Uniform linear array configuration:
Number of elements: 24
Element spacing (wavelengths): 1
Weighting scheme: blackman
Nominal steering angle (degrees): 30
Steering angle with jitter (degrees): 31.805
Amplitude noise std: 0.05
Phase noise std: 0.05

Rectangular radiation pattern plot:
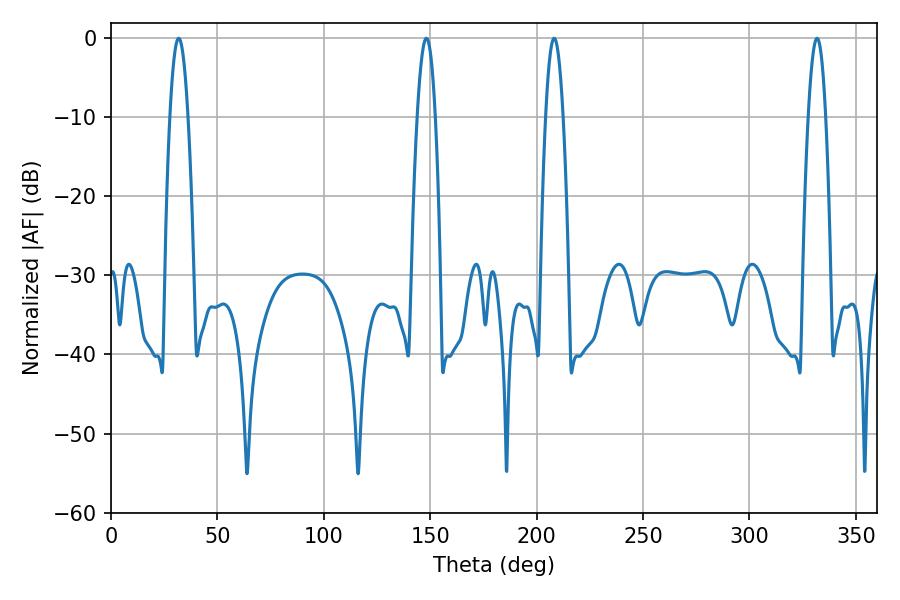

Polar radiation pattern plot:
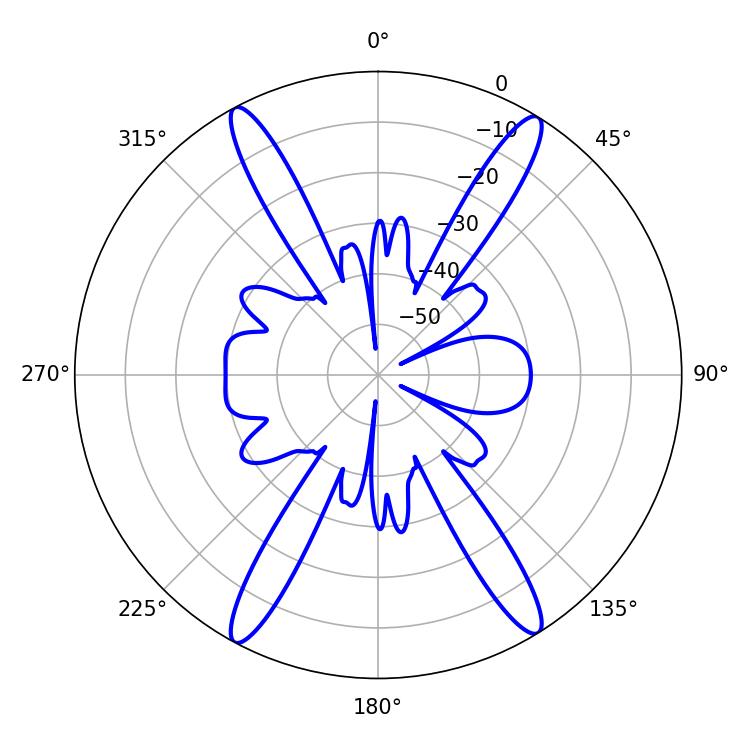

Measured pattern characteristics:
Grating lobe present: TRUE
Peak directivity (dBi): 22.198
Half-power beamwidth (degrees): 4.32
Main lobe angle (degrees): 331.74